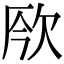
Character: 𣢬